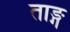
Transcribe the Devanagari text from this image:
ताङ्ग